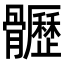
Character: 𩪸